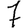
Digit: 7